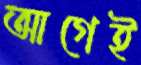
আগেই